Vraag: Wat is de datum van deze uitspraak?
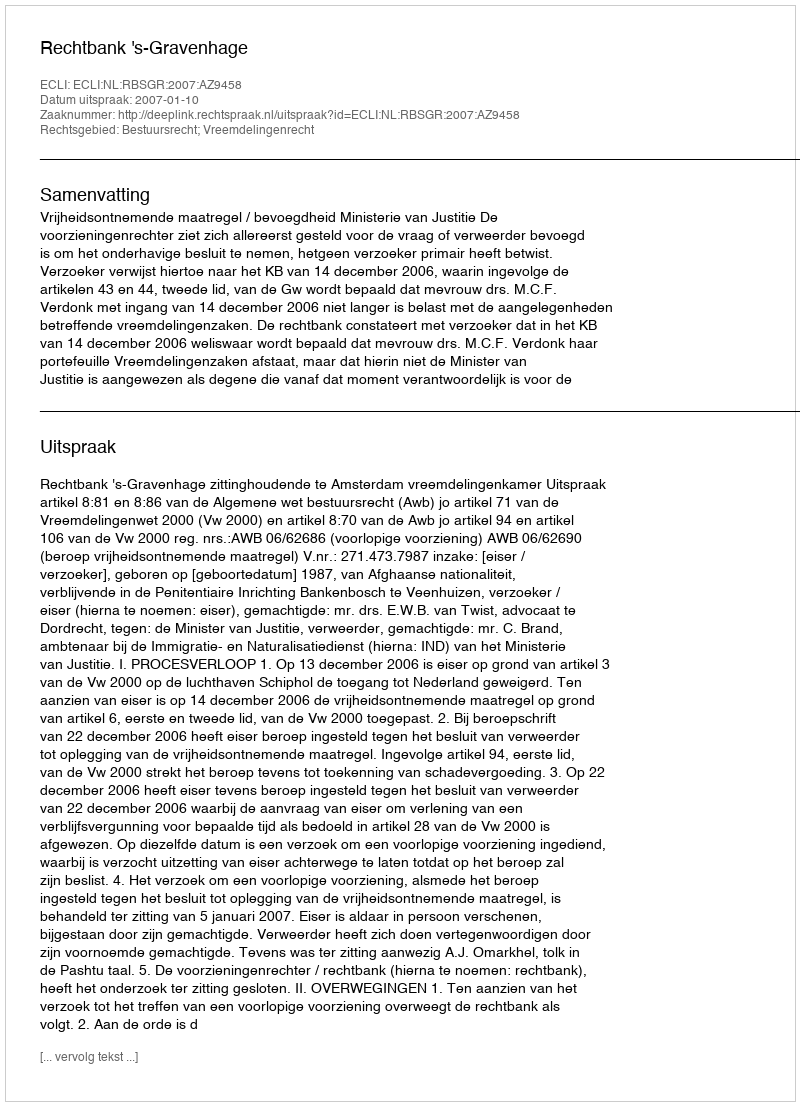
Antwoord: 2007-01-10